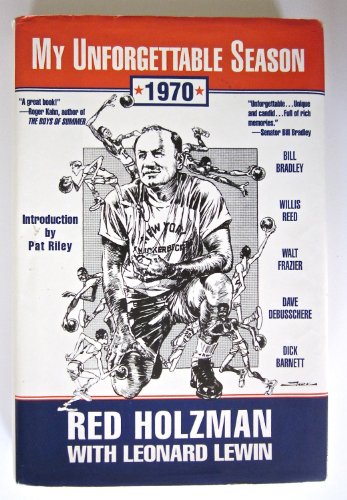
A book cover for My Unforgettable Season 1970; Red Holzman; Sports & Outdoors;